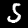
Label: 5